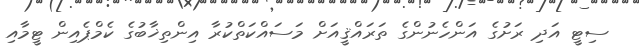
ސިޓީ އަދި ރަށުގެ އަންހެނުންގެ ތަރައްޤީއަށް މަސައްކަތްކުރާ އިންތިޚާބުގެ ކެމްޕެއިން ޓީމާއި